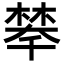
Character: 𣗚